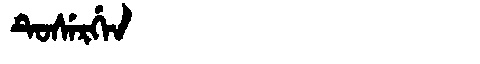
Manchu: ᡨᡠᠰᡝᡵᡤᡝᠨ
Romanization: TUSERGEN